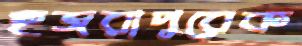
হুজরাপুরেক